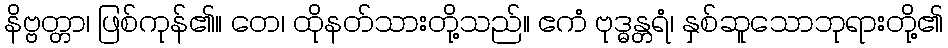
နိဗ္ဗတ္တာ၊ ဖြစ်ကုန်၏။ တေ၊ ထိုနတ်သားတို့သည်။ ဧကံ ဗုဒ္ဓန္တရံ၊ နှစ်ဆူသောဘုရားတို့၏